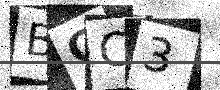
Text: BGC3